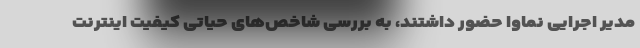
مدیر اجرایی نماوا حضور داشتند، به بررسی شاخص‌های حیاتی کیفیت اینترنت